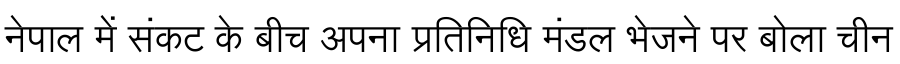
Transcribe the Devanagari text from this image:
नेपाल में संकट के बीच अपना प्रतिनिधि मंडल भेजने पर बोला चीन